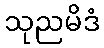
သုညမိဒံ